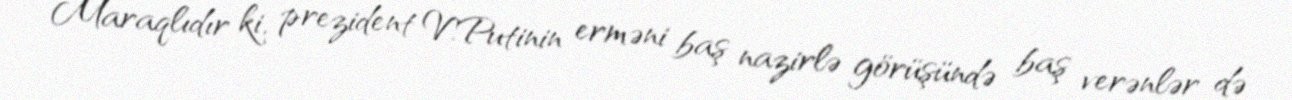
Maraqlıdır ki, prezident V.Putinin erməni baş nazirlə görüşündə baş verənlər də